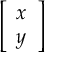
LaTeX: \left[ \begin{array} { l } { x } \\ { y } \end{array} \right]